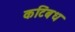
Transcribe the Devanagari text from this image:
कटिंबध